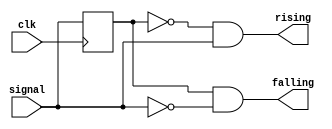
module edge_detect #(
	parameter NR_BITS = 1,					/* Number of bits */
) (
	input wire clk,							/* Clock */
	input wire [NR_BITS - 1 : 0] signal,	/* Input signal */
	output wire [NR_BITS - 1 : 0] rising,	/* Rising edge detected on input signal */
	output wire [NR_BITS - 1 : 0] falling,	/* Falling edge detected on input signal */
);
	reg [NR_BITS - 1 : 0] prev_signal;

	always @(posedge clk) begin
		prev_signal <= signal;
	end

	assign rising = ~prev_signal & signal;
	assign falling = prev_signal & ~signal;
endmodule